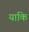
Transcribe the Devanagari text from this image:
याकि